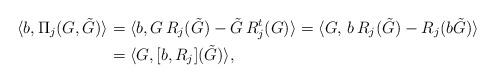
LaTeX: \begin{align*}\langle b, \Pi_{j}(G, \tilde G)\rangle&=\langle b, G\, R_j (\tilde G)-\tilde G\, R_j^t( G)\rangle= \langle G,\, b\, R_j(\tilde G)- R_j(b\tilde G)\rangle \\&= \langle G, [b, R_j](\tilde G)\rangle,\end{align*}